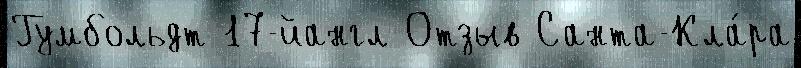
Гумбольдт 17-йангл Отзыв Санта-Кла́ра